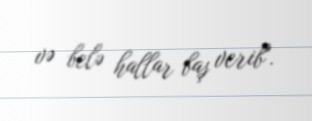
və belə hallar baş verib".